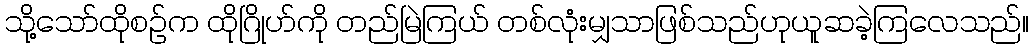
သို့သော်ထိုစဉ်က ထိုဂြိုဟ်ကို တည်မြဲကြယ် တစ်လုံးမျှသာဖြစ်သည်ဟုယူဆခဲ့ကြလေသည်။